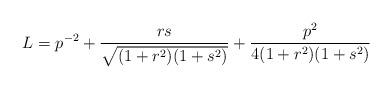
LaTeX: \begin{align*}L=p^{-2}+\frac{rs}{\sqrt{(1+r^{2})(1+s^{2})}}+\frac{p^{2}}{4(1+r^{2})(1+s^{2})}\end{align*}